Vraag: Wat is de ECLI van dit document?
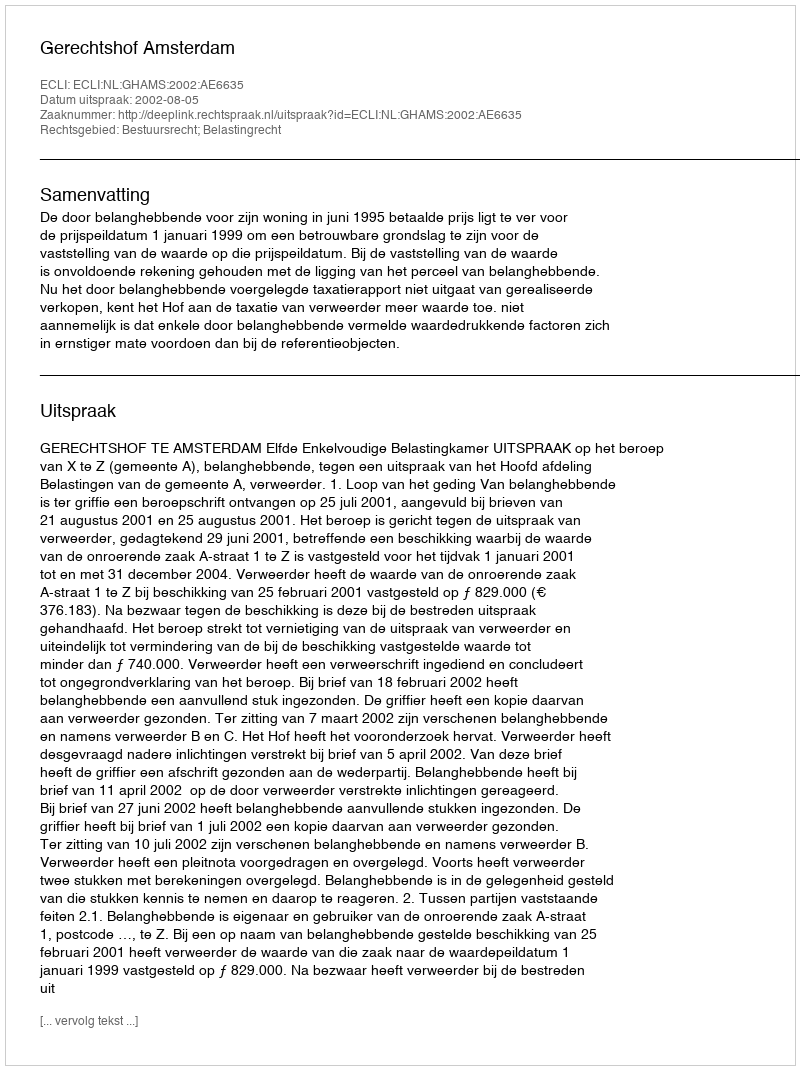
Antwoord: ECLI:NL:GHAMS:2002:AE6635